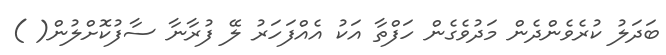
ބަދަލު ކުރެވެންދެން މަދުވެގެން ހަފްތާ އަކު އެއްފަހަރު ލޭ ފުރާނާ ސާފުކޮށްލުން( )